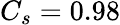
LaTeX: C_{s}=0.98